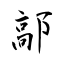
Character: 鄗